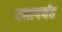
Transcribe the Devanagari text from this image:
रणापर्यंत